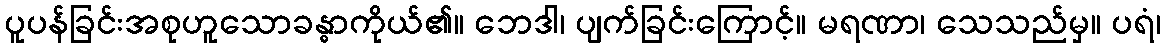
ပူပန်ခြင်းအစုဟူသောခန္ဓာကိုယ်၏။ ဘေဒါ၊ ပျက်ခြင်းကြောင့်။ မရဏာ၊ သေသည်မှ။ ပရံ၊